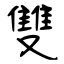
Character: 雙